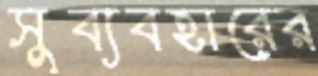
সুব্যবহারের